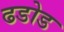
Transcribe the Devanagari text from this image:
ढडोड